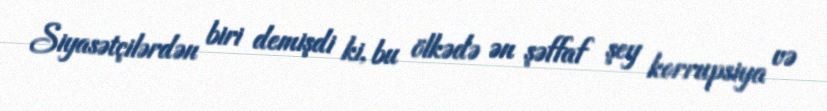
Siyasətçilərdən biri demişdi ki, bu ölkədə ən şəffaf şey korrupsiya və